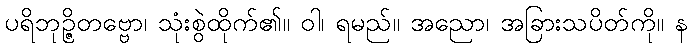
ပရိဘုဉ္ဇိတဗ္ဗော၊ သုံးစွဲထိုက်၏။ ဝါ၊ ရမည်။ အညော၊ အခြားသပိတ်ကို။ န